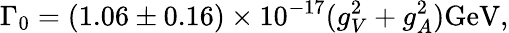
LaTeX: \Gamma_{0}=(1.06\pm 0.16)\times 10^{-17}(g_{V}^{2}+g_{A}^{2})\mathrm{GeV},